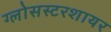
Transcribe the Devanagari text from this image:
ग्लोसस्टरशायर